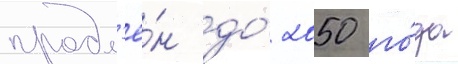
продл'ё́н до́ 2050 го́да